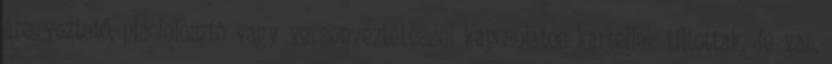
áregyeztető, piacfelosztó vagy versenyeztetéssel kapcsolatos kartellek tiltottak, de van,